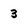
Character: 3